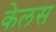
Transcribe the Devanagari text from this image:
केलस